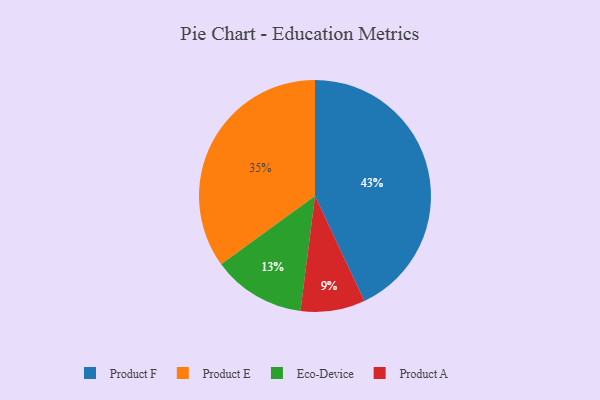
{"axis": {"x": "Category", "y": "Percentage"}, "legend": ["Eco-Device", "Product A", "Product E", "Product F"], "data": [{"x": "Product E", "y": 35, "type": "Product E"}, {"x": "Product F", "y": 43, "type": "Product F"}, {"x": "Eco-Device", "y": 13, "type": "Eco-Device"}, {"x": "Product A", "y": 9, "type": "Product A"}]}